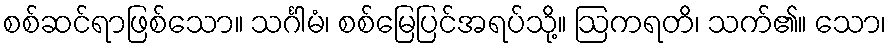
စစ်ဆင်ရာဖြစ်သော။ သင်္ဂါမံ၊ စစ်မြေပြင်အရပ်သို့။ ဩကရတိ၊ သက်၏။ သော၊